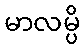
မာလမ္ပိ